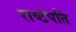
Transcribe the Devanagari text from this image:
राष्टंपति